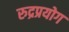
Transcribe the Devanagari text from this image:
रुद्रप्रयोग